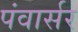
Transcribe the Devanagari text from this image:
पंवार्सर